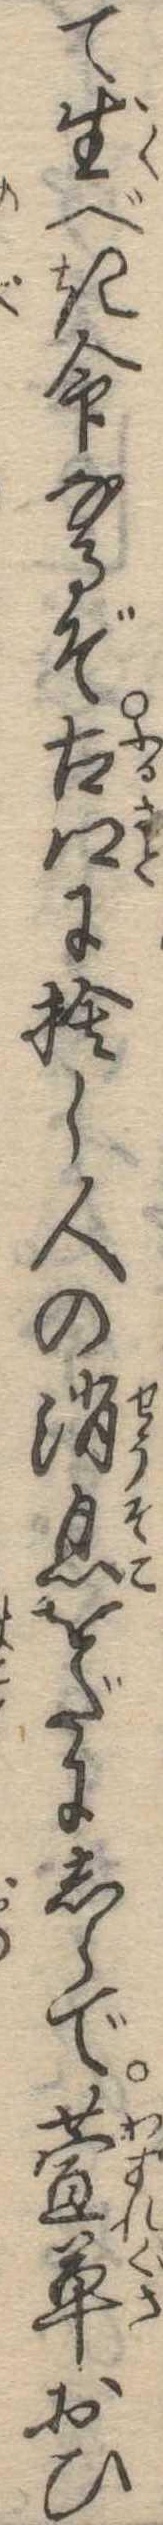
て生べき命なるぞ古郷に捨し人の消息をだにしらで萱草おひ